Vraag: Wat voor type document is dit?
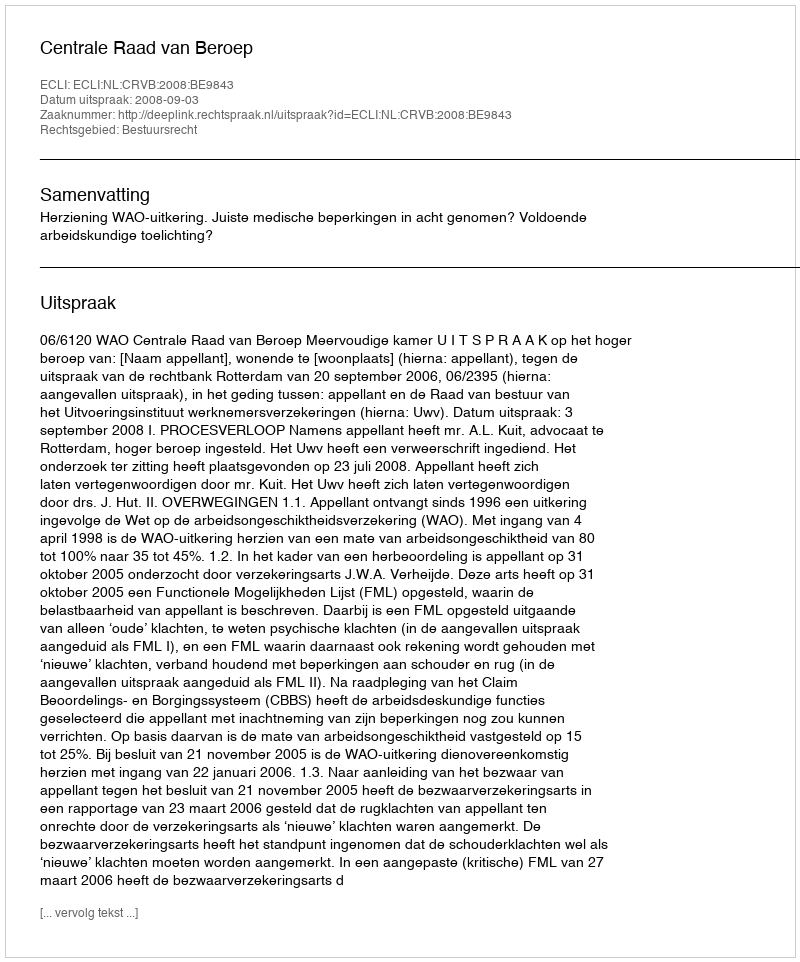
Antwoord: Uitspraak